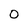
Character: 0